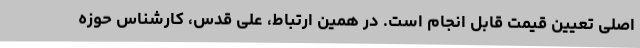
اصلی تعیین قیمت قابل انجام است. در همین ارتباط، علی قدس، کارشناس حوزه